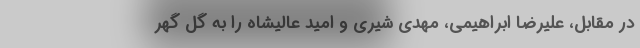
در مقابل، علیرضا ابراهیمی، مهدی شیری و امید عالیشاه را به گل گهر